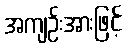
အကျဉ်းအားဖြင့်